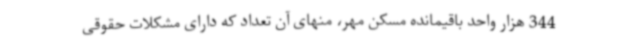
344 هزار واحد باقیمانده مسکن مهر، منهای آن تعداد که دارای مشکلات حقوقی